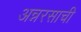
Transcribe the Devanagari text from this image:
अन्नरसाची